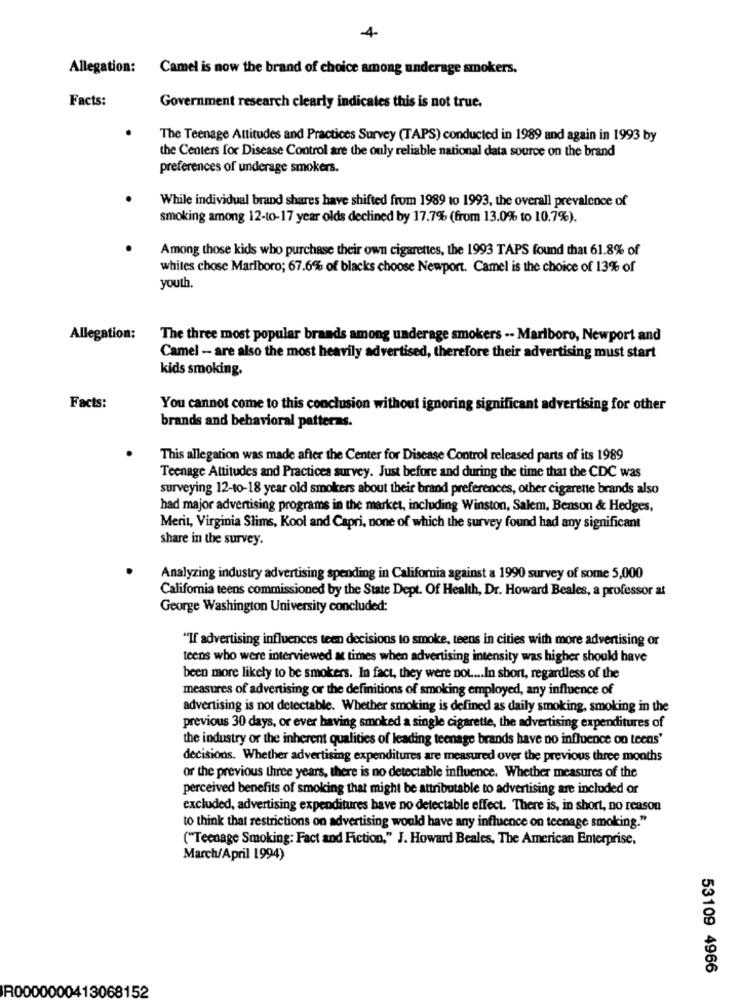
-4-
Allegation: Camel is now the brand of choice among underage smokers.
Facts:
Government research clearly indicates this is not true.
The Teenage Attitudes and Practices Survey (TAPS) conducted in 1989 and again in 1993 by
the Centers for Disease Control are the only reliable national data source on the brand
preferences of underage smokers.
While individual brand shares have shifted from 1989 to 1993, the overall prevalence of
smoking among 12-to-17 year olds declined by 17.7% (from 13.0% to 10.7%).
Among those kids who purchase their own cigarettes, the 1993 TAPS found that 61.8% of
whites chose Marlboro; 67.6% of blacks choose Newport. Camel is the choice of 13% of
youth.
Allegation:
The three most popular brands among underage smokers -- Marlboro, Newport and
Camel - are also the most heavily advertised, therefore their advertising must start
kids smoking.
Facts:
You cannot come to this conclusion without ignoring significant advertising for other
brands and behavioral patterns.
This allegation was made after the Center for Disease Control released parts of its 1989
Teenage Attitudes and Practices survey. Just before and during the time that the CDC was
surveying 12-10-18 year old smokers about their brand preferences, other cigarette brands also
had major advertising programs in the market, including Winston, Salem, Benson & Hedges,
Merit, Virginia Slims, Kool and Capri, none of which the survey found had any significant
share in the survey.
Analyzing industry advertising spending in California against a 1990 survey of some 5,000
California teens commissioned by the State Dept. Of Health, Dr. Howard Beales, a professor at
George Washington University concluded:
"If advertising influences teen decisions to smoke, teens in cities with more advertising or
teens who were interviewed at times when advertising intensity was higher should have
been more likely to be smokers. In fact, they were not .... In short, regardless of the
measures of advertising or the definitions of smoking employed, any influence of
advertising is not detectable. Whether smoking is defined as daily smoking, smoking in the
previous 30 days, or ever having smoked a single cigarette, the advertising expenditures of
the industry or the inherent qualities of leading teenage brands have no influence on teens'
decisions. Whether advertising expenditures are measured over the previous three months
or the previous three years, there is no detectable influence. Whether measures of the
perceived benefits of smoking that might be attributable to advertising are included or
excluded, advertising expenditures have no detectable effect. There is, in short, no reason
to think that restrictions on advertising would have any influence on teenage smoking."
("Teenage Smoking: Fact and Fiction," J. Howard Beales, The American Enterprise,
March/April 1994)
53109 4966
R0000000413068152